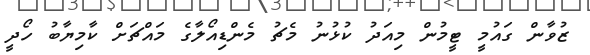
ޒުވާން ގައުމީ ޓީމުން މިއަދު ކުޅުނު މެޗު މެންޑިއޯލާގެ މައްޗަށް ކާމިޔާބު ހޯދީ